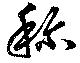
称